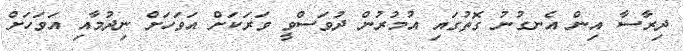
ދިރާސާ އިން އެނގުނު ގޮތުގައި އުމުރުން ދުވަސްވީ ވަރަކަށް އަވަހަށް ނިދުމާއި އަވަހަށް